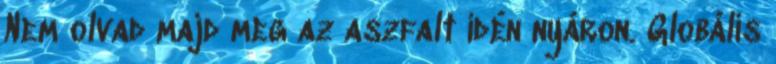
Nem olvad majd meg az asz­falt idén nyá­ron. Glo­bá­lis